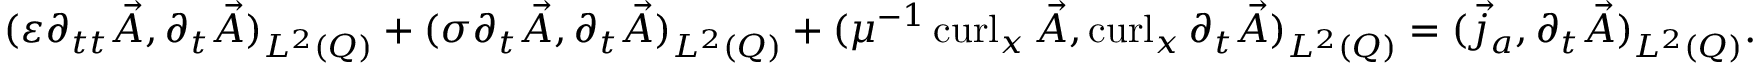
\begin{array} { r } { ( \varepsilon \partial _ { t t } \vec { A } , \partial _ { t } \vec { A } ) _ { L ^ { 2 } ( Q ) } + ( \sigma \partial _ { t } \vec { A } , \partial _ { t } \vec { A } ) _ { L ^ { 2 } ( Q ) } + ( \mu ^ { - 1 } \operatorname { c u r l } _ { x } \vec { A } , \operatorname { c u r l } _ { x } \partial _ { t } \vec { A } ) _ { L ^ { 2 } ( Q ) } = ( \vec { j } _ { a } , \partial _ { t } \vec { A } ) _ { L ^ { 2 } ( Q ) } . } \end{array}